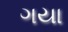
ગયા